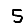
Digit: 5